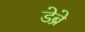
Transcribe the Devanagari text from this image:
डेब्रे